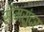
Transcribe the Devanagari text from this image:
सोमसुंदर